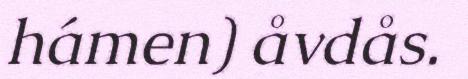
hámen) åvdås.